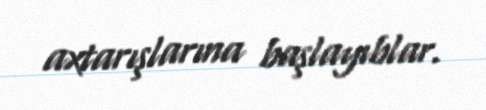
axtarışlarına başlayıblar.